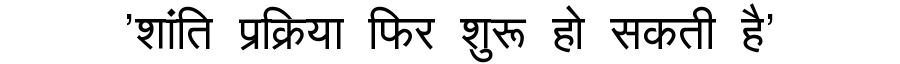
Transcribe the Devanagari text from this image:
'शांति प्रक्रिया फिर शुरू हो सकती है'